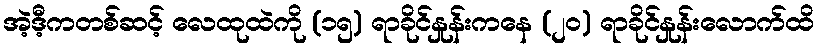
အဲ့ဒီ့ကတစ်ဆင့် လေထုထဲကို (၁၅) ရာခိုင်နှုန်းကနေ (၂၀) ရာခိုင်နှုန်းလောက်ထိ